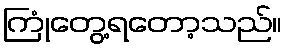
ကြုံတွေ့ရတော့သည်။